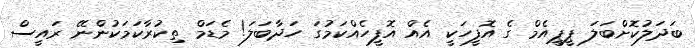
ބަދަލުކޮށްބަލަ ޕީޕީއެމް ގެ އޮފީހަކީ އެއް އޮފީހެއްކަމުގަ ހަދާބަލަ! މެޑަމް ތިކުރާކަމަކުންނޭ ރައީސް